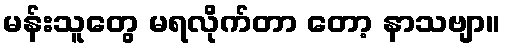
မန်းသူတွေ မရလိုက်တာ တော့ နာသဗျာ။